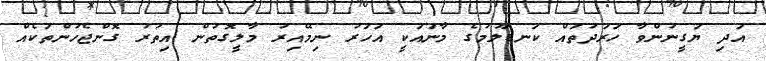
އަދި ޔަގީނުންވާ ހަރަދުތައް ކަނޑާލުމުގެ މާނައަކީ އަހަރު ނިމޭއިރު މާލީގޮތުން އިތުރު ގޮންޖެހުންތަކެއް